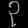
Digit: ၃